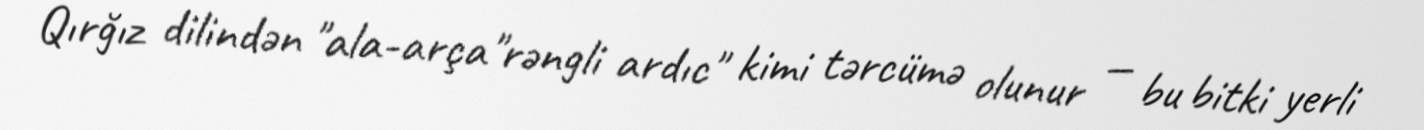
Qırğız dilindən "ala-arça"rəngli ardıc" kimi tərcümə olunur — bu bitki yerli